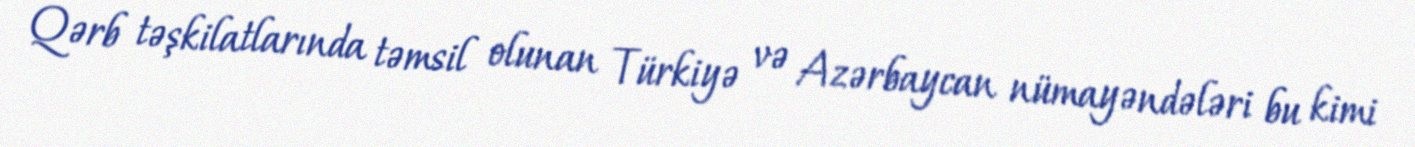
Qərb təşkilatlarında təmsil olunan Türkiyə və Azərbaycan nümayəndələri bu kimi